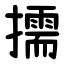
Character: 擩